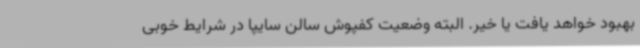
بهبود خواهد یافت یا خیر. البته وضعیت کفپوش سالن سایپا در شرایط خوبی